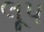
લૂપ